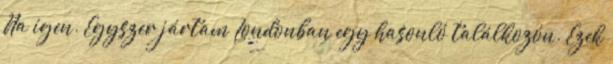
Na igen. Egyszer jártam Londonban egy hasonló találkozón. Ezek